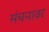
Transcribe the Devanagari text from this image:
मंचनावर